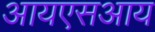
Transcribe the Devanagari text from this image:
आयएसआय